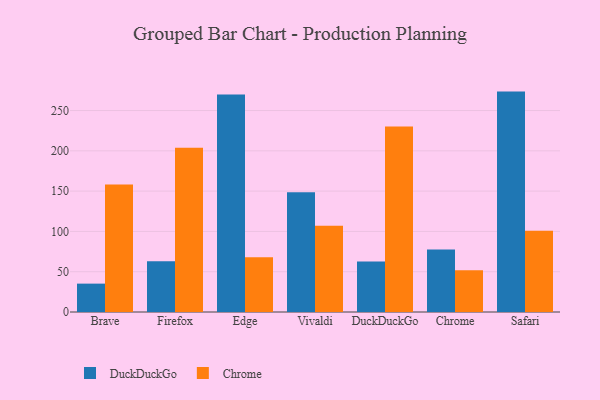
{"axis": {"x": "Browser", "y": "Revenue (USD Million)"}, "legend": ["Chrome", "DuckDuckGo"], "data": [{"x": "Brave", "y": 35.2, "type": "DuckDuckGo"}, {"x": "Brave", "y": 158.2, "type": "Chrome"}, {"x": "Firefox", "y": 63.1, "type": "DuckDuckGo"}, {"x": "Firefox", "y": 203.8, "type": "Chrome"}, {"x": "Edge", "y": 270.0, "type": "DuckDuckGo"}, {"x": "Edge", "y": 67.9, "type": "Chrome"}, {"x": "Vivaldi", "y": 148.6, "type": "DuckDuckGo"}, {"x": "Vivaldi", "y": 107.1, "type": "Chrome"}, {"x": "DuckDuckGo", "y": 62.6, "type": "DuckDuckGo"}, {"x": "DuckDuckGo", "y": 230.3, "type": "Chrome"}, {"x": "Chrome", "y": 77.6, "type": "DuckDuckGo"}, {"x": "Chrome", "y": 51.9, "type": "Chrome"}, {"x": "Safari", "y": 273.5, "type": "DuckDuckGo"}, {"x": "Safari", "y": 100.7, "type": "Chrome"}]}